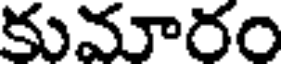
కుమారం